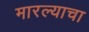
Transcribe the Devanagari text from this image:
मारल्याचा